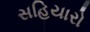
સહિયારો